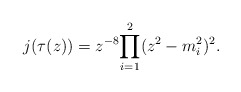
\begin{align*}j(\tau(z)) = {z^{-8}}{\prod_{i=1}^{2}(z^2-m_i^2)^2}.\end{align*}